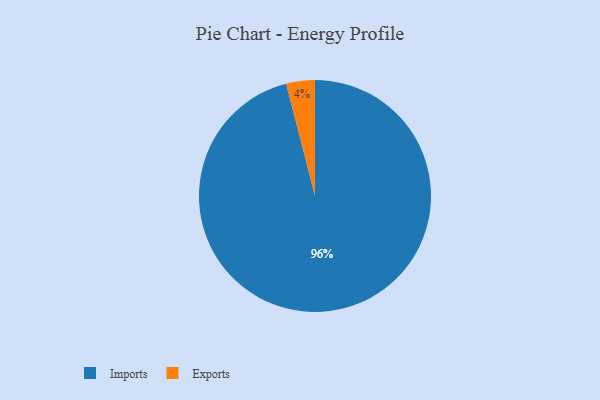
{"axis": {"x": "Category", "y": "Percentage"}, "legend": ["Exports", "Imports"], "data": [{"x": "Imports", "y": 96, "type": "Imports"}, {"x": "Exports", "y": 4, "type": "Exports"}]}